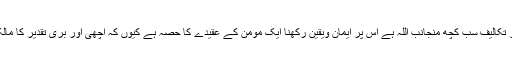
اور یہ تماممصائب وآلام بیماری اور تکالیف سب کچھ منجانب اللہ ہے اس پر ایمان ویقین رکھنا ایک مومن کے عقیدے کا حصہ ہے کیوں کہ اچھی اور بری تقدیر کا مالک ومختار صر ف اللہ کی ذات ہے ۔